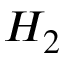
H _ { 2 }